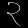
Digit: ၃